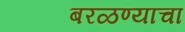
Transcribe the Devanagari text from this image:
बरळण्याचा